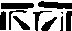
???